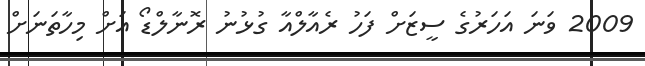
2009 ވަނަ އަހަރުގެ ސީޒަށް ފަހު ރެއާލްއާ ގުޅުނު ރޮނާލްޑޯ އަށް މިހާތަނަށް